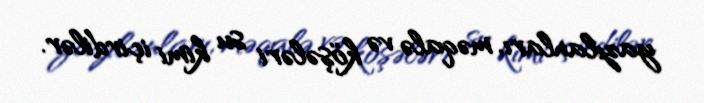
yazılanları, məqalə və köşələri su kimi içirdilər.